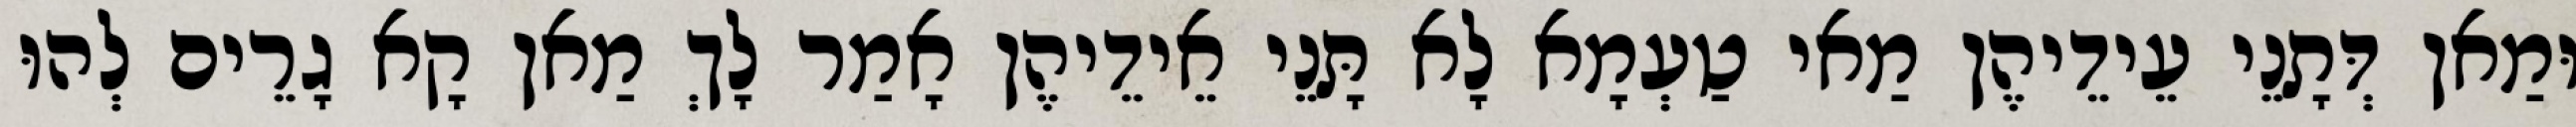
וּמַאן דְּתָנֵי עֵידֵיהֶן מַאי טַעְמָא לָא תָּנֵי אֵידֵיהֶן אָמַר לָךְ מַאן קָא גָרֵים לְהוּ